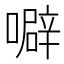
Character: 噼